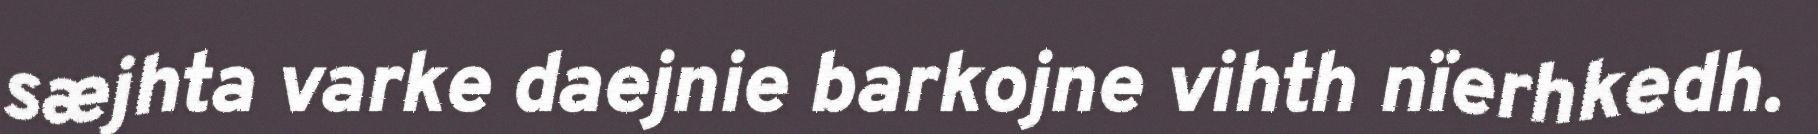
sæjhta varke daejnie barkojne vihth nïerhkedh.